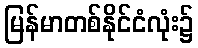
မြန်မာတစ်နိုင်ငံလုံး၌